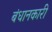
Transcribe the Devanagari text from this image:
बंधानकारी